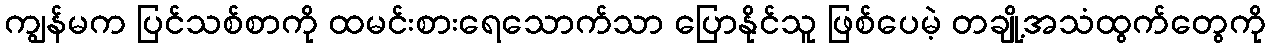
ကျွန်မက ပြင်သစ်စာကို ထမင်းစားရေသောက်သာ ပြောနိုင်သူ ဖြစ်ပေမဲ့ တချို့အသံထွက်တွေကို